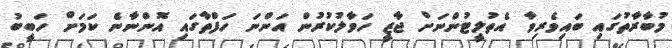
މުބާރާތުގައި ބައިވެރިވާ އެތުލީޓުންނަށް ޖާޒީ ހަވާލުކުރުން އަންނަ ހަފްތާގައި އޮންނާނެ ކަމަށް ހަބީބު